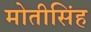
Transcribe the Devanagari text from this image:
मोतीसिंह